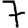
Digit: 7